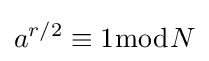
a^{r/2}\equiv 1{\bmod {N}}